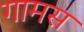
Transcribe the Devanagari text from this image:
गामस